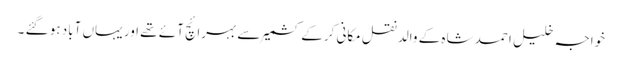
خواجہ خلیل احمد شاہ کے والد نقل مکانی کرکے کشمیر سے بہرائچ آئے تھے اور یہاں آباد ہو گئے ۔